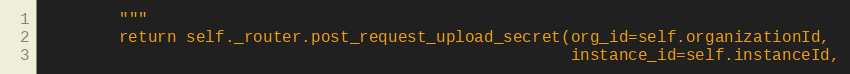
Language: Python
        """
        return self._router.post_request_upload_secret(org_id=self.organizationId,
                                                       instance_id=self.instanceId,